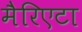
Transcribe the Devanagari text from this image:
मैरिएटा